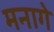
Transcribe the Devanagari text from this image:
मनागे